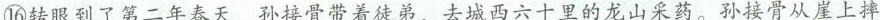
⑯转眼到了第二年春天，孙接骨带着徒弟，去城四 十里的龙山采药。孙接骨从崖上摔